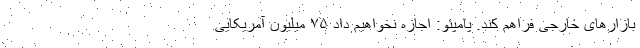
بازارهای خارجی فراهم کند. پامپئو: اجازه نخواهیم داد ۷۵ میلیون آمریکایی